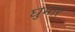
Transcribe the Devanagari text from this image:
घुमार